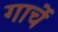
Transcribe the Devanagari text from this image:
गार्चे